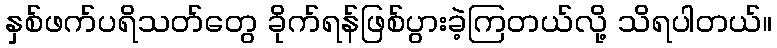
နှစ်ဖက်ပရိသတ်တွေ ခိုက်ရန်ဖြစ်ပွားခဲ့ကြတယ်လို့ သိရပါတယ်။